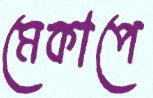
মেকাপে